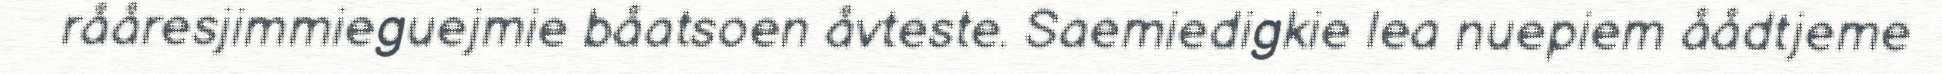
rååresjimmieguejmie båatsoen åvteste. Saemiedigkie lea nuepiem åådtjeme